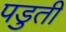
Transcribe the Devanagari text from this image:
पडुती